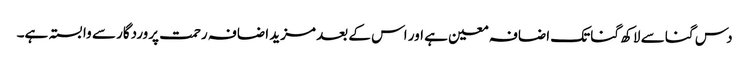
دس گنا سے لاکھ گنا تک اضافہ معین ہے اور اس کے بعد مزید اضافہ رحمت پروردگار سے وابستہ ہے۔